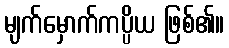
မျက်မှောက်ကပ္ပိယ ဖြစ်၏။